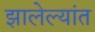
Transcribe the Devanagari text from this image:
झालेल्‍यांत